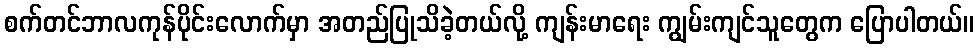
စက်တင်ဘာလကုန်ပိုင်းလောက်မှာ အတည်ပြုသိခဲ့တယ်လို့ ကျန်းမာရေး ကျွမ်းကျင်သူတွေက ပြောပါတယ်။